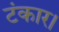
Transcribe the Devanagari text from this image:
टंकार।